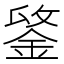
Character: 𨧋